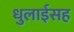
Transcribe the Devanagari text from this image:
धुलाईसह